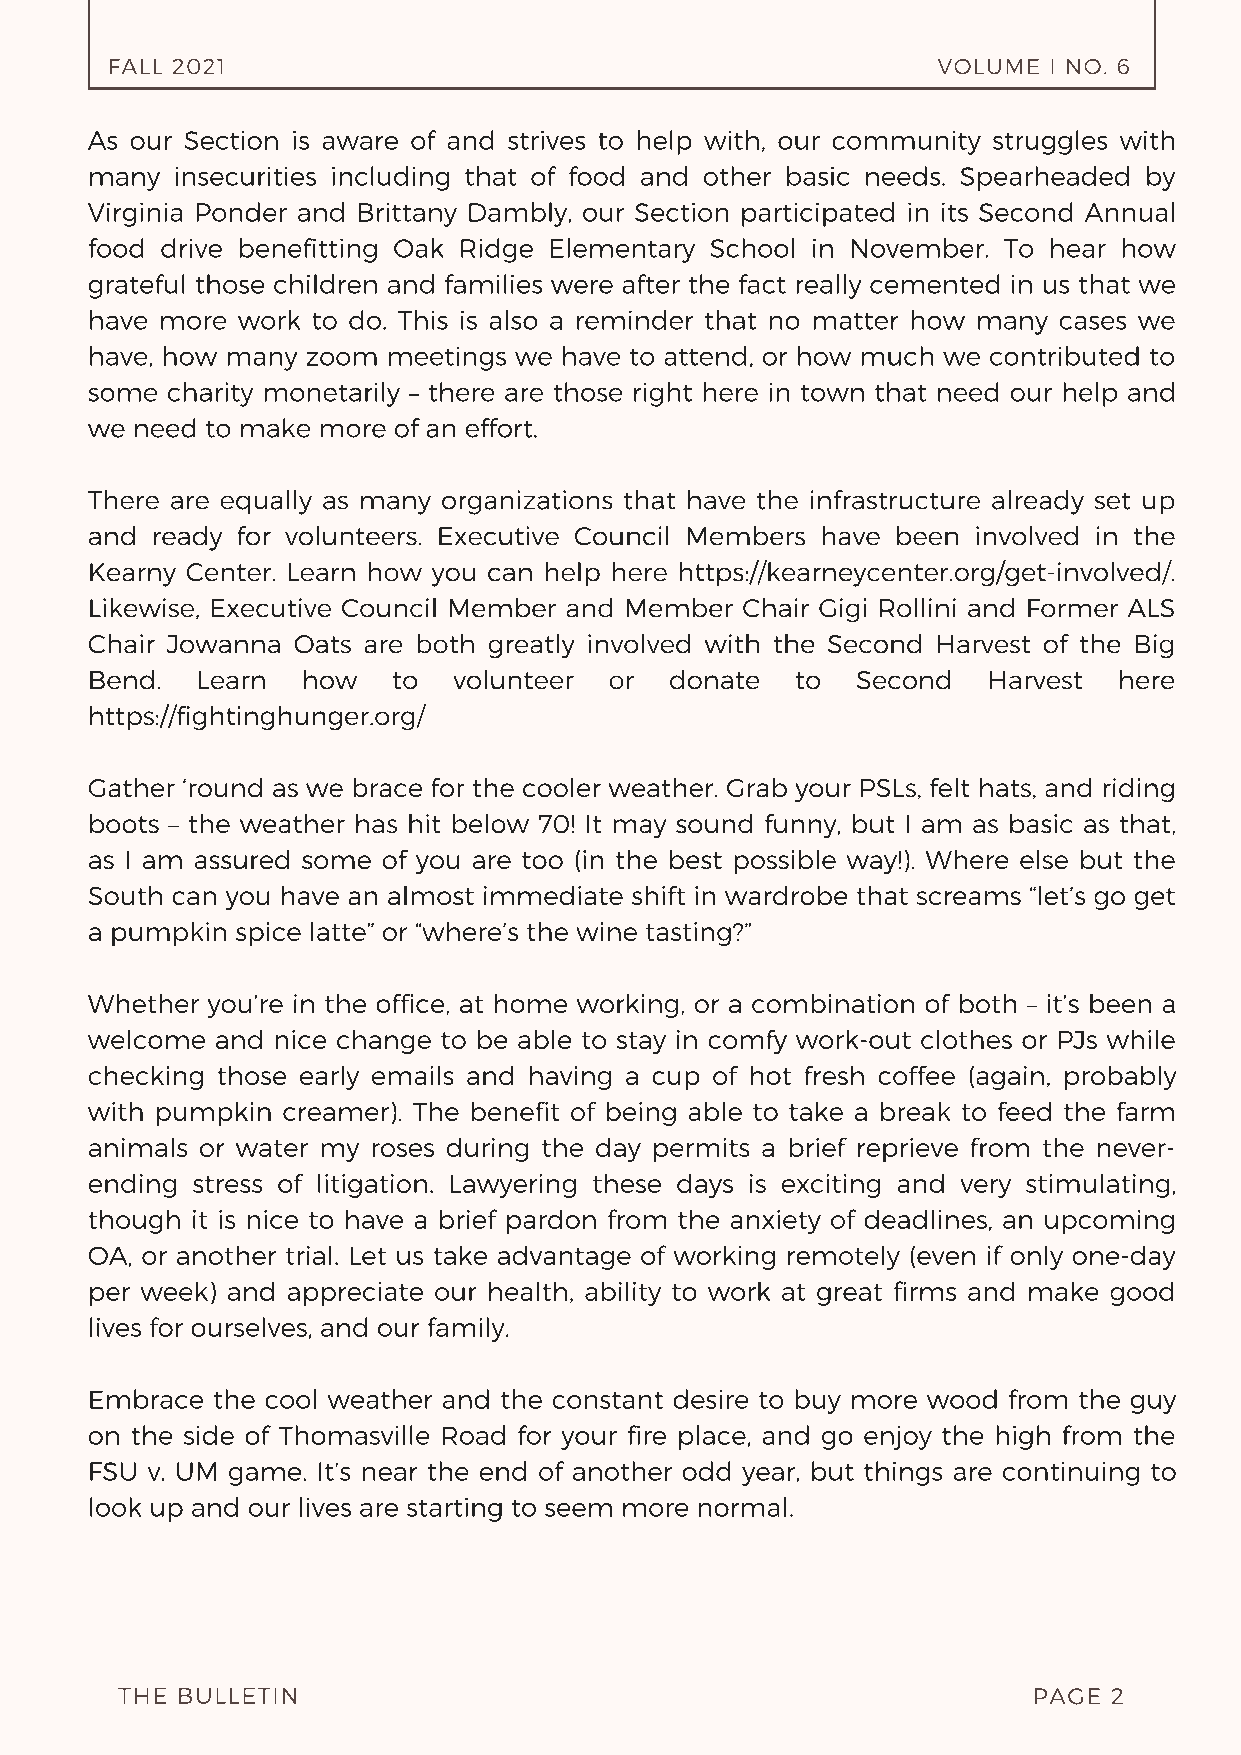
FALL 2021                                              VOLUME I NO. 6
 As our Section is aware of and strives to help with, our community struggles with
 many insecurities including that of food and other basic needs. Spearheaded by
 Virginia Ponder and Brittany Dambly, our Section participated in its Second Annual
 food drive benefitting Oak Ridge Elementary School in November. To hear how
 grateful those children and families were after the fact really cemented in us that we
 have more work to do. This is also a reminder that no matter how many cases we
 have, how many zoom meetings we have to attend, or how much we contributed to
 some charity monetarily – there are those right here in town that need our help and
 we need to make more of an effort.
 There are equally as many organizations that have the infrastructure already set up
 and ready for volunteers. Executive Council Members have been involved in the
 Kearny Center. Learn how you can help here https://kearneycenter.org/get-involved/.
 Likewise, Executive Council Member and Member Chair Gigi Rollini and Former ALS
 Chair Jowanna Oats are both greatly involved with the Second Harvest of the Big
 Bend.  Learn  how   to  volunteer or  donate   to  Second  Harvest  here
 https://fightinghunger.org/
 Gather ‘round as we brace for the cooler weather. Grab your PSLs, felt hats, and riding
 boots – the weather has hit below 70! It may sound funny, but I am as basic as that,
 as I am assured some of you are too (in the best possible way!). Where else but the
 South can you have an almost immediate shift in wardrobe that screams “let’s go get
 a pumpkin spice latte” or “where’s the wine tasting?”
 Whether you’re in the office, at home working, or a combination of both – it’s been a
 welcome and nice change to be able to stay in comfy work-out clothes or PJs while
 checking those early emails and having a cup of hot fresh coffee (again, probably
 with pumpkin creamer). The benefit of being able to take a break to feed the farm
 animals or water my roses during the day permits a brief reprieve from the never-
 ending stress of litigation. Lawyering these days is exciting and very stimulating,
 though it is nice to have a brief pardon from the anxiety of deadlines, an upcoming
 OA, or another trial. Let us take advantage of working remotely (even if only one-day
 per week) and appreciate our health, ability to work at great firms and make good
 lives for ourselves, and our family.
 Embrace the cool weather and the constant desire to buy more wood from the guy
 on the side of Thomasville Road for your fire place, and go enjoy the high from the
 FSU v. UM game. It’s near the end of another odd year, but things are continuing to
 look up and our lives are starting to seem more normal.
 THE BULLETIN                                                PAGE  2